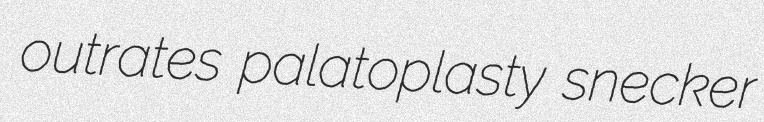
outrates palatoplasty snecker